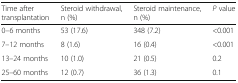
| Time after transplantation | Steroid withdrawal, n (%) | Steroid maintenance, n (%) | P value |
 | --- | --- | --- | --- |
 | 0–6 months | 53 (17.6) | 348 (7.2) | <0.001 |
 | 7–12 months | 8 (1.6) | 16 (0.4) | <0.001 |
 | 13–24 months | 10 (1.0) | 21 (0.5) | 0.2 |
 | 25–60 months | 12 (0.7) | 36 (1.3) | 0.1 |